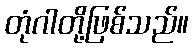
တုံဂါတို့ဖြစ်သည်။